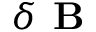
\delta \textbf { B }